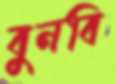
বুনবি